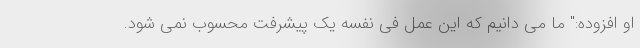
او افزوده:" ما می دانیم که این عمل فی نفسه یک پیشرفت محسوب نمی شود.